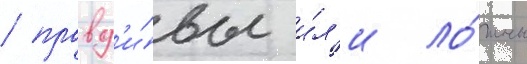
/ правд'и́вы и́л'и ло́жны